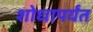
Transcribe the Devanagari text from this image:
शोधापर्यंत